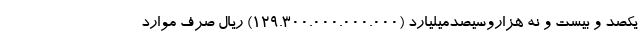
یکصد و بیست و نه هزاروسیصدمیلیارد (۱۲۹.۳۰۰.۰۰۰.۰۰۰.۰۰۰) ریال صرف موارد